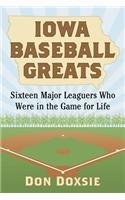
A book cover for Iowa Baseball Greats: Sixteen Major Leaguers Who Were in the Game for Life; Don Doxsie; Biographies & Memoirs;